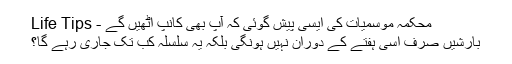
محکمہ موسمیات کی ایسی پیش گوئی کہ آپ بھی کانپ اٹھیں گے - Life Tips
بارشیں صرف اسی ہفتے کے دوران نہیں ہونگی بلکہ یہ سلسلہ کب تک جاری رہے گا؟